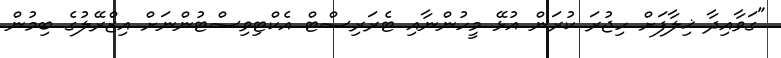
"ގަވާއިދާ ޚިލާފަށް ހިޖުރަ ކުރަން އުޅޭ މީހުންނާއި ޓެރަރިސްޓް އެކްޓިވިސްޓުންނަށް އިޒްރޭލުގެ ބިމުން